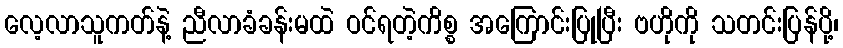
လေ့လာသူကတ်နဲ့ ညီလာခံခန်းမထဲ ဝင်ရတဲ့ကိစ္စ အကြောင်းပြုပြီး ဗဟိုကို သတင်းပြန်ပို့၊